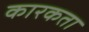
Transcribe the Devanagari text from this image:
कारकता